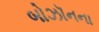
બોઝૉનના